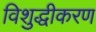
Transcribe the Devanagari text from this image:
विशुद्धीकरण